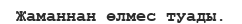
Жаманнан өлмес туады.